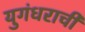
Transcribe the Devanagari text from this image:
युगंधराची